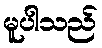
မူပါသည်